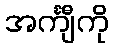
အင်္ကျီကို